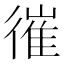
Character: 𢕘